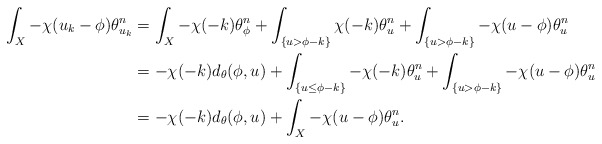
\begin{align*}\int_X-\chi(u_{k}-\phi)\theta_{u_{k}}^n&=\int_X-\chi(-k)\theta_{\phi}^n+\int_{\{u>\phi-k\}}\chi(-k)\theta_{u}^n+\int_{\{u>\phi-k\}}-\chi(u-\phi)\theta_{u}^n\\&=-\chi(-k)d_{\theta}(\phi, u)+\int_{\{u\leq\phi-k\}}-\chi(-k)\theta_{u}^n+\int_{\{u>\phi-k\}}-\chi(u-\phi)\theta_{u}^n\\&=-\chi(-k)d_{\theta}(\phi, u)+\int_{X}-\chi(u-\phi)\theta_{u}^n.\end{align*}